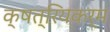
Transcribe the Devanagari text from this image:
क्षत्रियकर्म